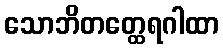
သောဘိတတ္ထေရဂါထာ